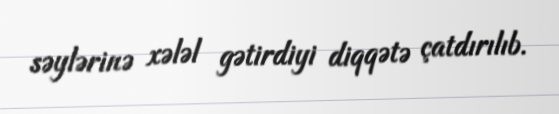
səylərinə xələl gətirdiyi diqqətə çatdırılıb.